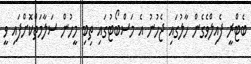
ބެޓްރީ ފެއިލްވެގެން ހާލުގައި ޖެހުނު އެ މަސްބޯޓުގައި ތިބި މީހުން ސަލާމަތްކޮށްފައި ވީ